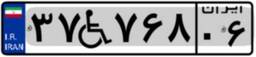
۳۷W۷۶۸۰۶